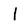
Character: I